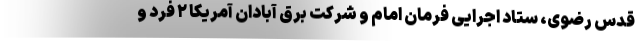
قدس رضوی، ستاد اجرایی فرمان امام و شرکت برق آبادان آمریکا ۲ فرد و